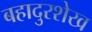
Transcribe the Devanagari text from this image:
बहादुरशेख